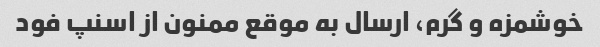
خوشمزه و گرم، ارسال به موقع ممنون از اسنپ فود